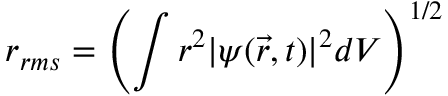
r _ { r m s } = \left( \int r ^ { 2 } | \psi ( \vec { r } , t ) | ^ { 2 } d V \right) ^ { 1 / 2 }